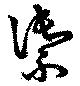
禦